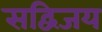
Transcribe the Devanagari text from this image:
सद्विजय